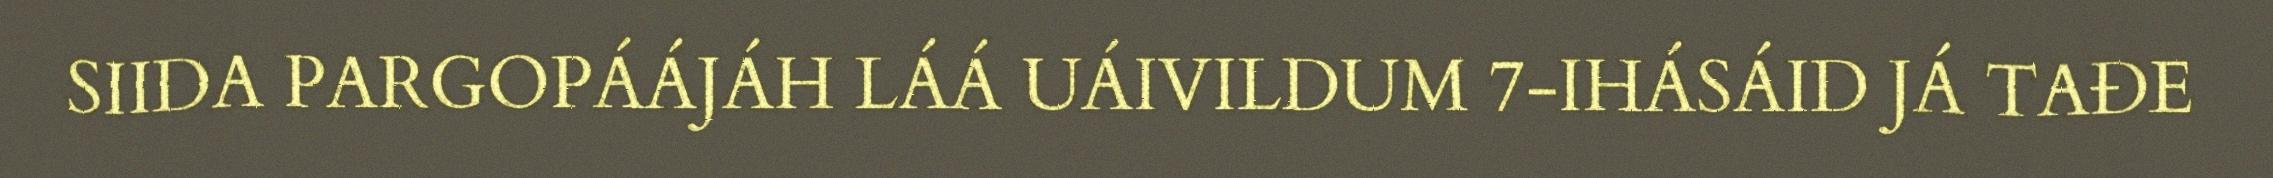
SIIDA PARGOPÁÁJÁH LÁÁ UÁIVILDUM 7-IHÁSÁID JÁ TAĐE